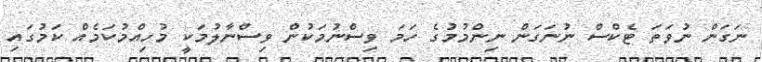
ނަގަން ނުވަތަ ޓެކްސް ނުނަގަން ނިންމުމުގެ ހަމަ ވިސްނުމަކުން ވިސްނާލުމަކީ މުހިއްމުކަމެއް ކަމުގައި